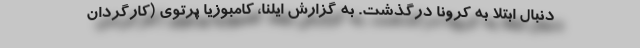
دنبال ابتلا به کرونا درگذشت. به گزارش ایلنا، کامبوزیا پرتوی (کارگردان